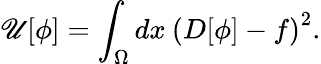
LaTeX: \mathscr{U}[\phi]=\int_{\Omega}dx\: \left(D[\phi]-f\right)^{2}.